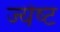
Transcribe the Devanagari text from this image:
ज्‍येष्‍ट